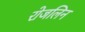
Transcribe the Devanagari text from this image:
रोजलिन